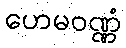
ဟေမဝဏ္ဏံ